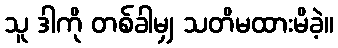
သူ ဒါကို တစ်ခါမျှ သတိမထားမိခဲ့။